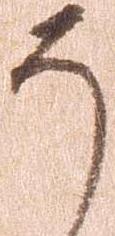
そ